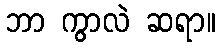
ဘာ ကွာလဲ ဆရာ။